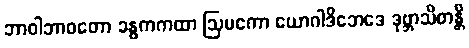
ဘာဝါဘာဝတော ခန္ဓကကထာ ဩမကော ယောဂါဒိဘေဒေ ဒုဗ္ဘာသိတန္တိ